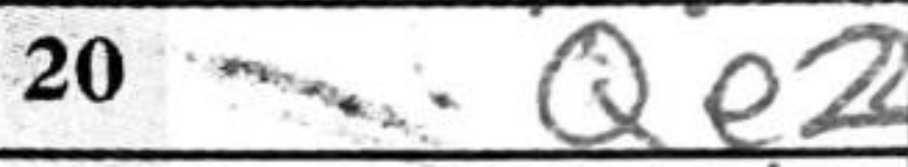
Transcription: Qe2